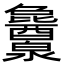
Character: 𬉱